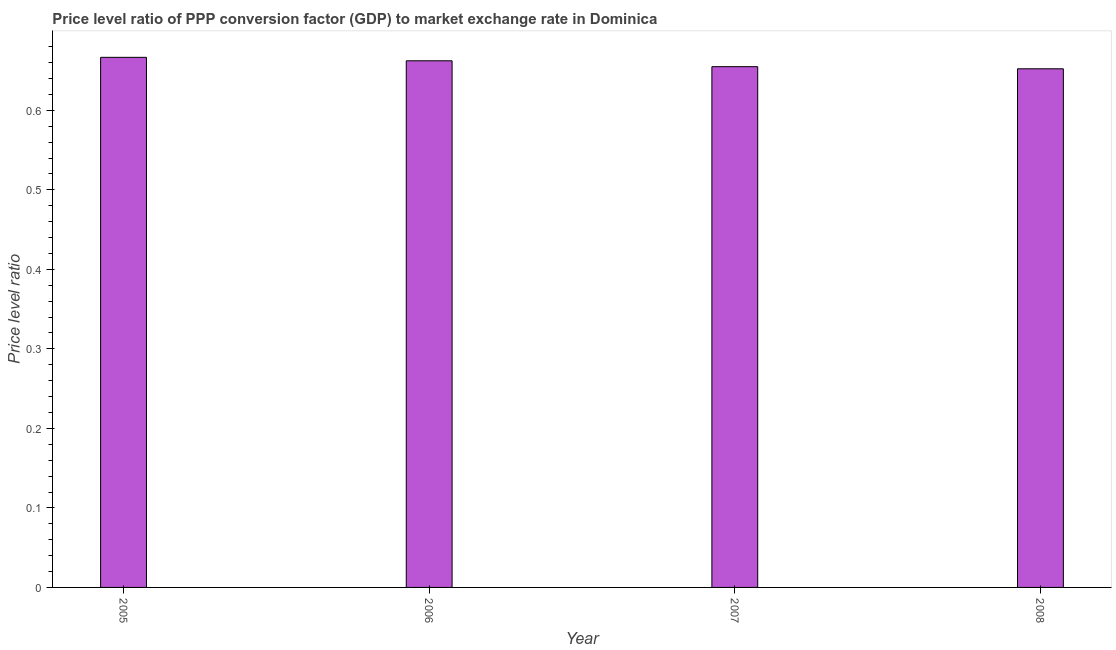
| Year | Price level ratio |
 | --- | --- |
 | 2005 | 0.667 |
 | 2006 | 0.662 |
 | 2007 | 0.655 |
 | 2008 | 0.652 |